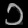
Digit: ၁